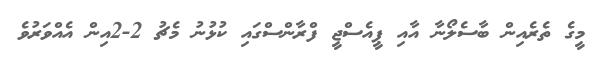
މީގެ ތެރެއިން ބާސެލޯނާ އާއި ޕީއެސްޖީ ފްރާންސްގައި ކުޅުނު މެޗު 2-2އިން އެއްވަރުވެ